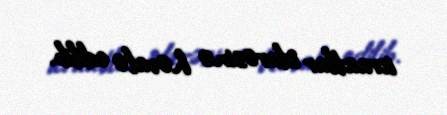
icraatlar idarəsinə həvalə edilib.